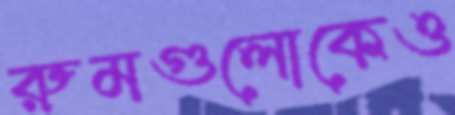
রুমগুলোকেও